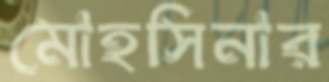
মোহসিনার